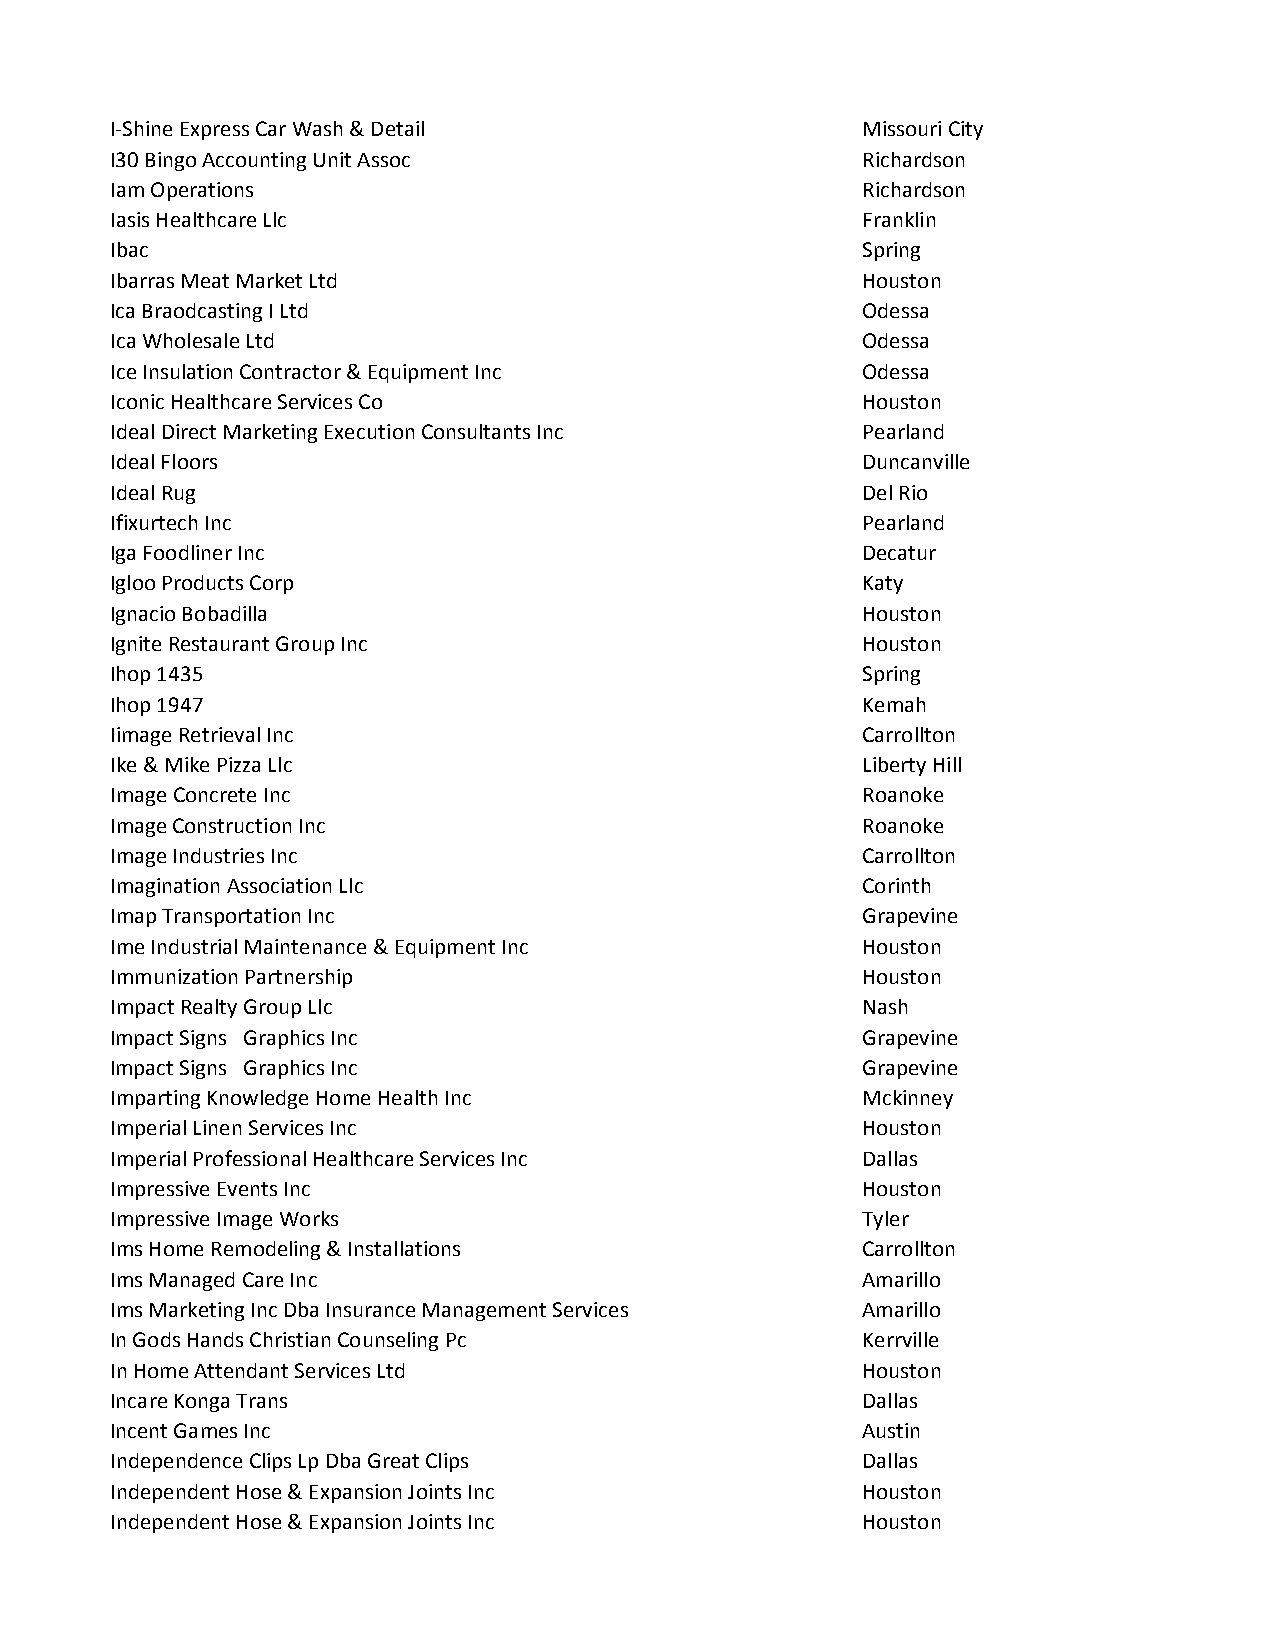
I-Shine Express Car Wash & Detail                 Missouri City
 I30 Bingo Accounting Unit Assoc                   Richardson
 Iam Operations                                    Richardson
 Iasis Healthcare Llc                              Franklin
 Ibac                                              Spring
 Ibarras Meat Market Ltd                           Houston
 Ica Braodcasting I Ltd                            Odessa
 Ica Wholesale Ltd                                 Odessa
 Ice Insulation Contractor & Equipment Inc         Odessa
 Iconic Healthcare Services Co                     Houston
 Ideal Direct Marketing Execution Consultants Inc  Pearland
 Ideal Floors                                      Duncanville
 Ideal Rug                                         Del Rio
 Ifixurtech Inc                                    Pearland
 Iga Foodliner Inc                                 Decatur
 Igloo Products Corp                               Katy
 Ignacio Bobadilla                                 Houston
 Ignite Restaurant Group Inc                       Houston
 Ihop 1435                                         Spring
 Ihop 1947                                         Kemah
 Iimage Retrieval Inc                              Carrollton
 Ike & Mike Pizza Llc                              Liberty Hill
 Image Concrete Inc                                Roanoke
 Image Construction Inc                            Roanoke
 Image Industries Inc                              Carrollton
 Imagination Association Llc                       Corinth
 Imap Transportation Inc                           Grapevine
 Ime Industrial Maintenance & Equipment Inc        Houston
 Immunization Partnership                          Houston
 Impact Realty Group Llc                           Nash
 Impact Signs Graphics Inc                         Grapevine
 Impact Signs Graphics Inc                         Grapevine
 Imparting Knowledge Home Health Inc               Mckinney
 Imperial Linen Services Inc                       Houston
 Imperial Professional Healthcare Services Inc     Dallas
 Impressive Events Inc                             Houston
 Impressive Image Works                            Tyler
 Ims Home Remodeling & Installations               Carrollton
 Ims Managed Care Inc                              Amarillo
 Ims Marketing Inc Dba Insurance Management Services Amarillo
 In Gods Hands Christian Counseling Pc             Kerrville
 In Home Attendant Services Ltd                    Houston
 Incare Konga Trans                                Dallas
 Incent Games Inc                                  Austin
 Independence Clips Lp Dba Great Clips             Dallas
 Independent Hose & Expansion Joints Inc           Houston
 Independent Hose & Expansion Joints Inc           Houston